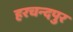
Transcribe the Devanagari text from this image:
हरचन्‍दपुर